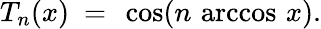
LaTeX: T_{n}(x)\ =\ \cos(n\, \operatorname{arccos}\, x).